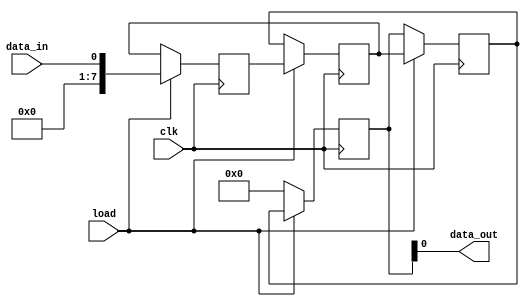
module parallel_in_serial_out_reg(
    input wire clk,
    input wire load,
    input wire data_in,
    output reg data_out
);

reg [7:0] reg1, reg2, reg3, reg4;

always @(posedge clk) begin
    if(load) begin
        reg1 <= data_in;
        reg2 <= reg1;
        reg3 <= reg2;
        reg4 <= reg3;
    end else begin
        reg1 <= reg2;
        reg2 <= reg3;
        reg3 <= reg4;
        reg4 <= 0;
    end
end

assign data_out = reg4;

endmodule